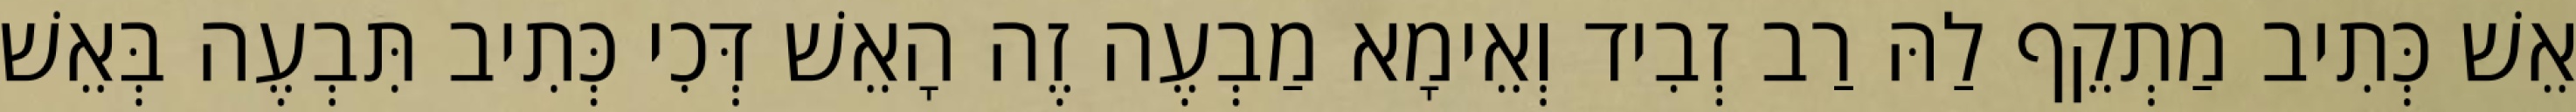
אֵשׁ כְּתִיב מַתְקֵף לַהּ רַב זְבִיד וְאֵימָא מַבְעֶה זֶה הָאֵשׁ דְּכִי כְּתִיב תִּבְעֶה בְּאֵשׁ